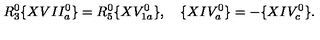
R _ { 3 } ^ { 0 } \{ X V I I _ { a } ^ { 0 } \} = R _ { 5 } ^ { 0 } \{ X V _ { 1 a } ^ { 0 } \} , \quad \{ X I V _ { a } ^ { 0 } \} = - \{ X I V _ { c } ^ { 0 } \} .